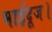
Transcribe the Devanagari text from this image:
भाईदूज।